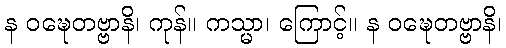
န ဝဍ္ဎေတဗ္ဗာနိ၊ ကုန်။ ကသ္မာ၊ ကြောင့်။ န ဝဍ္ဎေတဗ္ဗာနိ၊